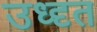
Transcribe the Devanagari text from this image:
उध्दृत